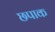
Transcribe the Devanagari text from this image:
छपाक